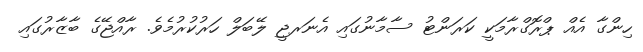
ހިންގާ އެއް ޕްރޮގްރާމަކީ ކަރަންޓު ސާމާނުގައި އެނަރޖީ ލޭބަލް ހަރުކުރުމެވެ. ރާއްޖޭގެ ބާޒާރުގައި